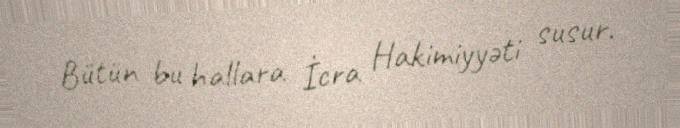
Bütün bu hallara İcra Hakimiyyəti susur.